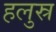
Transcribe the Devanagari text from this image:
हलुस्र